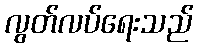
လွတ်လပ်ရေးသည်